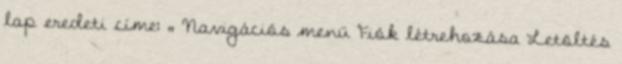
lap eredeti címe: „ Navigációs menü Fiók létrehozása Letöltés